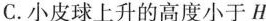
C.小皮球上升的高度小于H